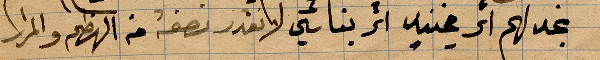
نجد لهم اثر ... اثر بنائي لا نقدر نصفه من الهظم والمرار